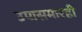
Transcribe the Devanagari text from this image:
उपासमारही